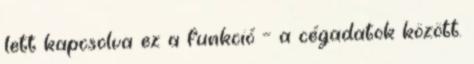
lett kapcsolva ez a funkció – a cégadatok között.